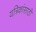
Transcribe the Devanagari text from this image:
यत्रिकांसाठी